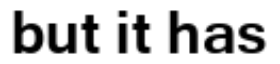
but it has